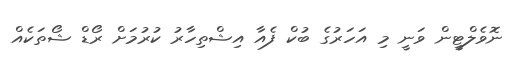
ނޮވެލްޓީން ވަނީ މި އަހަރުގެ ބުކް ފެއާ އިޝްތިހާރު ކުރުމަށް ރޯޑް ޝޯތަކެއް